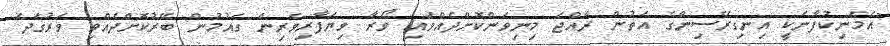
"އެމަނިކުފާނަކީ އިނގިރޭސިންގެ އަތުން ރާއްޖެ މިނިވަންކޮށްދެއްވައި ވޯރާ ވިޔަފާރިވެރިން ގައުމުން ބޭރުކޮށްދެއްވި ވަރުގަދަ